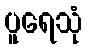
ပူရေသုံ